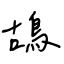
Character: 鴣